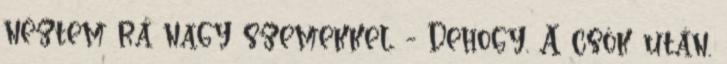
néztem rá nagy szemekkel. - Dehogy. A csók után.